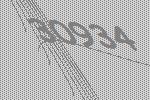
30934